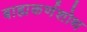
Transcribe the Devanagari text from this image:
बाह्यकर्णशोथ